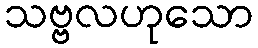
သဗ္ဗလဟုသော